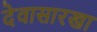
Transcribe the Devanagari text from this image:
देवासारखा